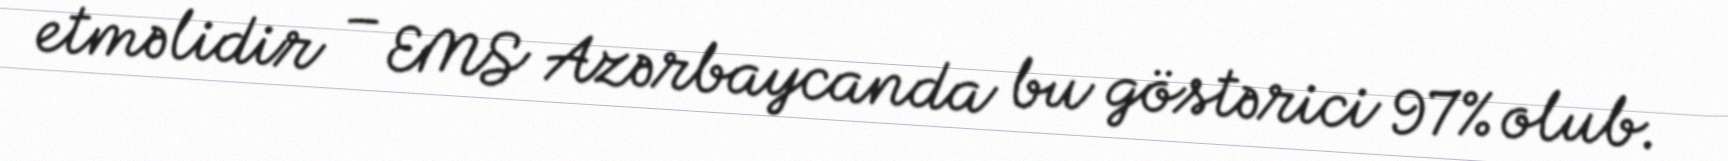
etməlidir – EMS Azərbaycanda bu göstərici 97% olub.